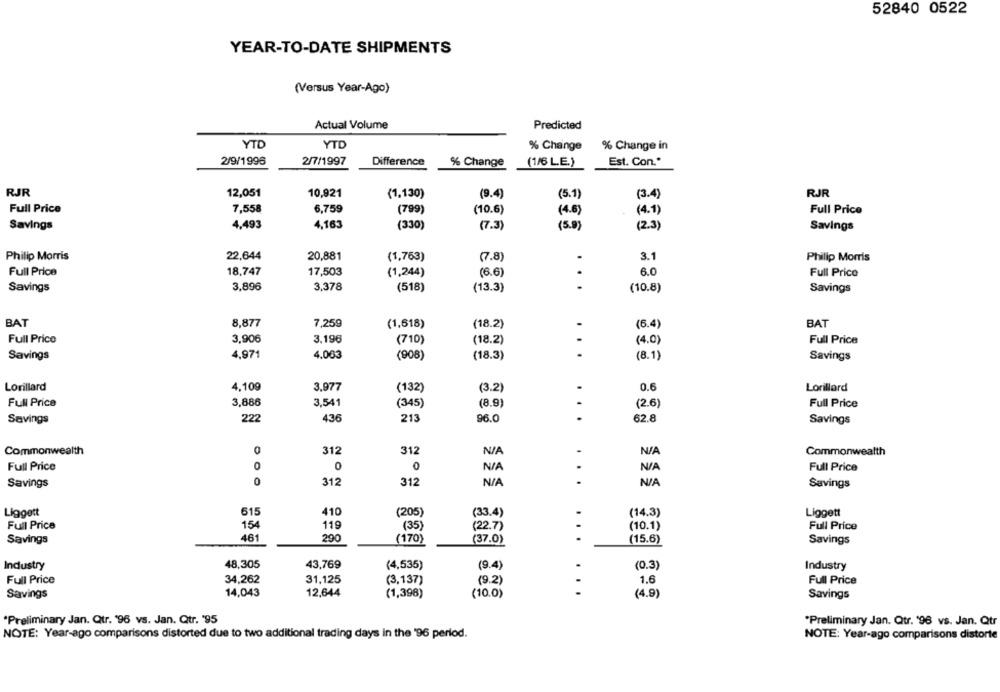
52840 0522
YEAR-TO-DATE SHIPMENTS
(Versus Year-Ago)
Actual Volume
Predicted
YTD
YTD
% Change
% Change in
2/9/1996
2/7/1997
Difference
% Change
(1/6 LE.)
Est. Con."
RJR
12,051
10,921
(1,130)
(9.4)
(5.1)
(3.4)
RJR
Full Price
7,558
6,759
(799)
(10.6)
(4.6)
(4.1)
Full Price
Savings
4,493
4,163
(330)
(7.3)
(5.9)
(2.3)
Savings
Philip Morris
22,644
20,881
3.1
(1,763)
(7.8)
Philip Morris
Full Price
18,747
17,503
(1,244)
(6.6)
6.0
Full Price
Savings
3,896
3,378
(518)
(13.3)
...
(10.8)
Savings
BAT
8,877
7,259
(1,618)
(18.2)
(6.4)
BAT
Full Price
3,906
3,196
Full Price
(710)
(18.2)
(4.0)
Savings
4,971
4.063
(908)
(18.3)
...
(8.1)
Savings
Lorillard
4,109
3,977
(132)
(3.2)
0.6
Lorillard
Full Price
3,886
3,541
(345)
(8.9)
. .
(2.6)
Full Price
Savings
222
436
213
96.0
62.8
Savings
Commonwealth
312
312
Commonwealth
Full Price
0
0
Full Price
Savings
0
312
312
..
Savings
615
410
(33.4)
Liggett
Liggett
(205)
(14.3)
Full Price
154
119
Full Price
(35)
(22.7)
(10.1)
Savings
461
290
(170)
(37.0)
(15.6)
Savings
...
Industry
48,305
43,769
(4,535)
(9.4)
(0.3)
Industry
Full Price
34,262
31,125
(3,137)
(9.2)
1.6
Full Price
Savings
14,043
12,644
(1,398)
(10.0)
...
(4.9)
Savings
"Preliminary Jan. Qtr. '96 vs. Jan. Qtr. '95
*Preliminary Jan. Qtr. '96 vs. Jan. Qtr
NOTE: Year-ago comparisons distorted due to two additional trading days in the '96 period.
NOTE: Year-ago comparisons distorte